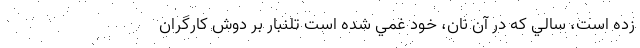
زده است، سالي كه در آن نان، خود غمي شده است تلنبار بر دوش كارگران